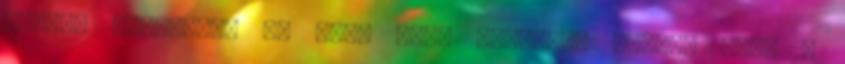
amikor nemsokára az OUAT több részessé válik, mint a